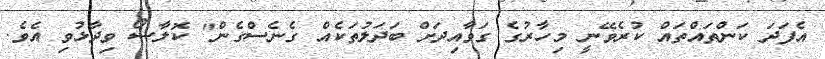
އެފަދަ ކަންތައްތައް ކުރެވޭނީ މިހާރުގެ ގަވާއިދަށް ބަދަލުތަކެއް ގެނެސްގެން" ކޮލާސޯ ވިދާޅުވި އެވެ.